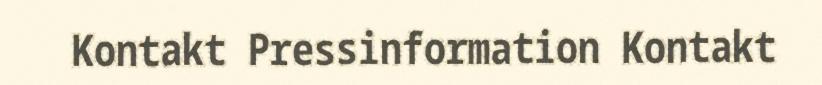
Kontakt Pressinformation Kontakt